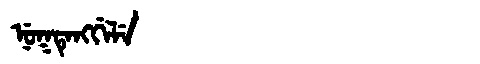
Manchu: ᠨᡠᡴᡨᡝᠩᡤᡝᠯᡝ
Romanization: NUKTENGGELE